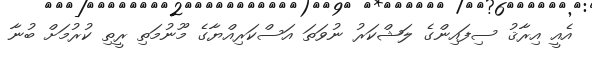
އެއީ އިރާޤު ސިފައިންގެ ލަޝްކަރު ނުވަތަ އަސްކަރިއްޔާގެ މޫނުމަތި ރީތި ކުރުމަށް ބުނާ